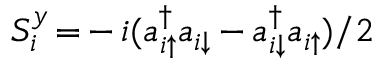
S _ { i } ^ { y } \, { = } \, { - } \, i ( a _ { i \uparrow } ^ { \dagger } a _ { i \downarrow } \, { - } \, a _ { i \downarrow } ^ { \dagger } a _ { i \uparrow } ) / 2